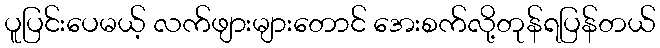
ပူပြင်းပေမယ့် လက်ဖျားများတောင် အေးစက်လို့တုန်ရပြန်တယ်